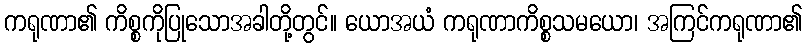
ကရုဏာ၏ ကိစ္စကိုပြုသောအခါတို့တွင်။ ယောအယံ ကရုဏာကိစ္စသမယော၊ အကြင်ကရုဏာ၏